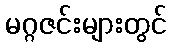
မဂ္ဂဇင်းများတွင်